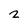
Character: 2